Medical and sanitary report of the native army of Madras for the year
Year: 1877
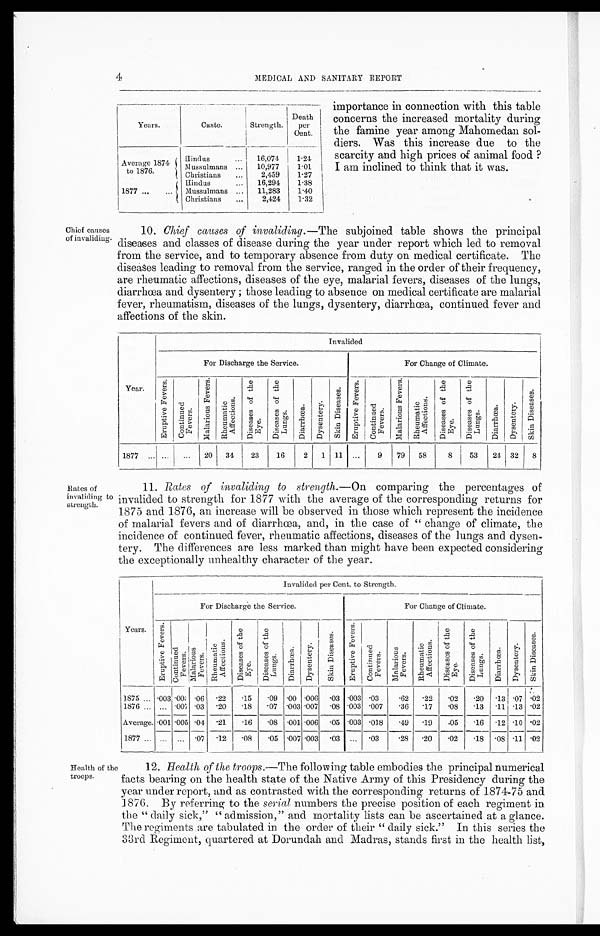
4. MEDICAL AND SANITARY REPORT
Years.
Caste.
Strength.
Death
p e r
Cent.
Average 1874
to 1876.
Hindus ...
16,074
1 . 2 4
Mussulmans . . .
10,977
1.01
Christians
...
2,459
1 . 2 7
1877 ...
...
Hindus
... 16,294
1.38
Mussulmans ...
11,283
1.40
Christians
...
2,424
1.32
importance in connection with this table
concerns the increased mortality during
the famine year among Mahomedan sol-
diers. Was this increase due to the
scarcity and high prices of animal food ?
I am inclined to think that it was.
Chief causes
of invaliding.
Rates of
invaliding to
strength.
10. Chief causes of invaliding.― The subjoined table shows the principal
diseases and classes of disease during the year under report which led to removal
from the service, and to temporary absence from duty on medical certificate. The
diseases leading to removal from the service, ranged in the order of their frequency,
are rheumatic affections, diseases of the eye, malarial fevers, diseases of the lungs,
diarrhœa and dysentery ; those leading to absence on medical certificate are malarial
fever, rheumatism, diseases of the lungs, dysentery, diarrhœa, continued fever ands
affections of the skin.
Year.
Invalide
d
For Discharge the Service.
F o r C h a n g e o f C l i m a t e .
E r u p t i v e F e v e r s .
C o n t i n u e d
Fe v e r s .
M a l a r i o u s f e v e r s .
R h e u m a t i c
A f f e c t i o n s .
D i e a s e s o f t h e e y e .
D i e s e a s e s o f t h e L u n g s .
Di a r r h œa . Dy s ent er y .
S k i n D i e s e a s e s . E r u p t i v e F e v e r s .
Cont i nued
Fevers.
M a l a r i o u s f e v e r s .
R h e u m a t i c
A f f e c t i o n s .
D i e s e a s e s o f t h e E y e .
D i e s e a s e s o f t h e L u n g s .
D i a r r h œa . D y s e n t e r y .
S k i n D i s e a s e s .
1877 ... ...
...
2 0
3 4
2 3
16
2
1
1 1 ...
9
79
5 8
8
5 3 24 32 8
11. Rates of invaliding to strength.—On comparing the percentages of
invalided to strength for 1877 with the average of the corresponding returns for
1875 and 1876, an increase will be observed in those which represent the incidence
of malarial fevers and of diarrhœa, and, in the case of " change of climate, the
incidence of continued fever, rheumatic affections, diseases of the lungs and
dysentery. The differences are less marked than might have been expected considering
the exceptionally unhealthy character of the year.
Invalided per Cent. to Strength.
For Discharge the Service.
For Change of Climate.
Years.
Er u p t i v e F e v e r s .
C o n t i n u e d
F e v e r s .
Mal ar i ous f ever s.
Rheumat i c
Af f ect i ons.
D i e s e a s e s o f t h e E y e .
D i e s e a s e s o f t h e L u n g s .
D i a r r h œ a . Dy s e n t e r y .
S k i n D i e s e a s e s .
E r u p t i v e F e v e r s .
C o n t i n u e d
Fev er s .
M a l a r i o u s f e v e r s .
R h e u m a t i c
A f f e c t i o n s .
D i e s e a s e s o f t h e E y e .
D i e s e a s e s o f t h e L u n g s .
D i a r r h œa .
D y s e n t e r y .
S k i n D i e s e a s e s .
1875 ... .003 .003
. 0 6
. 2 2
. 1 5
. 0 9
. 0 0 .006
. 0 3 . 0 0 3 .03
. 6 2
. 2 2
. 0 2
. 2 0 .13 . 0 7 . 02
1876 ... ... .007
. 0 3
. 2 0
. 1 8
. 0 7
. 0 0 3 .007
. 0 8 . 0 0 3 .007
. 3 6
. 1 7
. 0 8
. 1 3 .11 . 13 . 02
Average. .001 .005
. 0 4
. 2 1
. 1 6
. 0 8
. 0 0 1 .006
. 0 5 . 0 0 3 .018
. 4 9
. 1 9
. 0 5
. 1 6 .12 . 10 . 02
1877 ... ... . . .
. 0 7
. 1 2
. 0 8
. 0 5
. 0 0 7 .003
. 0 3 . . .
.03
. 2 8
. 2 0
. 0 2
. 1 8 .08 . 11 . 02
Health of the
troops.
1 2 . Health of the troops.— The following table embodies the principal numerical
facts bearing on the health state of the Native Army of this Presidency during the
year under report, and as contrasted with the corresponding returns of 1874-75 and
1876. By referring to the serial numbers the precise position of each regiment in
the "daily sick," " admission," and mortality lists can be ascertained at a glance.
The regiments are tabulated in the order of their " daily sick." In this series the
33rd Regiment, quartered at Dorundah and Madras, stands first in the health list,